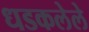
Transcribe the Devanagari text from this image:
धडकलेले